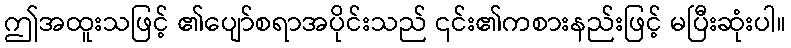
ဤအထူးသဖြင့် ၏ပျော်စရာအပိုင်းသည် ၎င်း၏ကစားနည်းဖြင့် မပြီးဆုံးပါ။